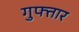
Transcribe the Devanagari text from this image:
गुफ्तार